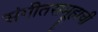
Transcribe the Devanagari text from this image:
संगीतसमूहाची